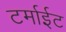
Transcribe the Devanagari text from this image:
टर्माईट